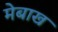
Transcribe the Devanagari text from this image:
मेबाख